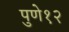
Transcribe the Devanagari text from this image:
पुणे१२